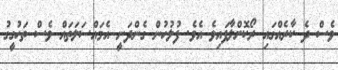
ވެސް ދެ ކާރެއްގައި ރޯކޮށްލާފައިވެ އެވެ. ފުލުހުން ގެންދަނީ އެމައްސަލަތައް ވެސް ތަހުގީގު